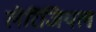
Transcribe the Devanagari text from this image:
लेरिंजियल